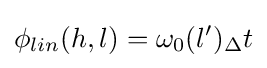
\phi _{lin}(h,l)=\omega _{0}(l'){}_{\Delta }t